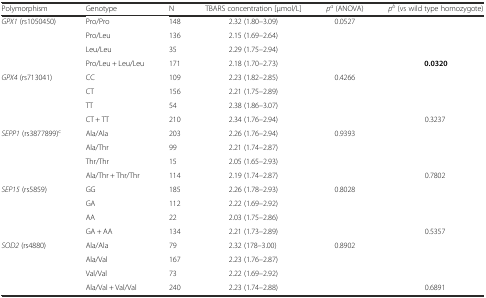
<table><thead><tr><td><b>Polymorphism</b></td><td><b>Genotype</b></td><td><b>N</b></td><td><b>TBARS concentration [μmol/L]</b></td><td><b><i>p</i><sup><i>a</i></sup> (ANOVA)</b></td><td><b><i>p</i><sup><i>b</i></sup> (vs wild type homozygote)</b></td></tr></thead><tbody><tr><td rowspan="4"><i>GPX1</i> (rs1050450)</td><td>Pro/Pro</td><td>148</td><td>2.32 (1.80–3.09)</td><td rowspan="3">0.0527</td><td rowspan="3"></td></tr><tr><td>Pro/Leu</td><td>136</td><td>2.15 (1.69–2.64)</td></tr><tr><td>Leu/Leu</td><td>35</td><td>2.29 (1.75–2.94)</td></tr><tr><td>Pro/Leu + Leu/Leu</td><td>171</td><td>2.18 (1.70–2.73)</td><td></td><td><b>0.0320</b></td></tr><tr><td rowspan="4"><i>GPX4</i> (rs713041)</td><td>CC</td><td>109</td><td>2.23 (1.82–2.85)</td><td rowspan="3">0.4266</td><td rowspan="3"></td></tr><tr><td>CT</td><td>156</td><td>2.21 (1.75–2.89)</td></tr><tr><td>TT</td><td>54</td><td>2.38 (1.86–3.07)</td></tr><tr><td>CT + TT</td><td>210</td><td>2.34 (1.76–2.94)</td><td></td><td>0.3237</td></tr><tr><td rowspan="4"><i>SEPP1</i> (rs3877899)<sup>c</sup></td><td>Ala/Ala</td><td>203</td><td>2.26 (1.76–2.94)</td><td rowspan="3">0.9393</td><td rowspan="3"></td></tr><tr><td>Ala/Thr</td><td>99</td><td>2.21 (1.74–2.87)</td></tr><tr><td>Thr/Thr</td><td>15</td><td>2.05 (1.65–2.93)</td></tr><tr><td>Ala/Thr + Thr/Thr</td><td>114</td><td>2.19 (1.74–2.87)</td><td></td><td>0.7802</td></tr><tr><td rowspan="4"><i>SEP15</i> (rs5859)</td><td>GG</td><td>185</td><td>2.26 (1.78–2.93)</td><td rowspan="3">0.8028</td><td rowspan="3"></td></tr><tr><td>GA</td><td>112</td><td>2.22 (1.69–2.92)</td></tr><tr><td>AA</td><td>22</td><td>2.03 (1.75–2.86)</td></tr><tr><td>GA + AA</td><td>134</td><td>2.21 (1.73–2.89)</td><td></td><td>0.5357</td></tr><tr><td rowspan="3"><i>SOD2</i> (rs4880)</td><td>Ala/Ala</td><td>79</td><td>2.32 (178–3.00)</td><td rowspan="3">0.8902</td><td rowspan="3"></td></tr><tr><td>Ala/Val</td><td>167</td><td>2.23 (1.76–2.87)</td></tr><tr><td>Val/Val</td><td>73</td><td>2.22 (1.69–2.92)</td></tr><tr><td></td><td>Ala/Val + Val/Val</td><td>240</td><td>2.23 (1.74–2.88)</td><td></td><td>0.6891</td></tr></tbody></table>